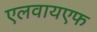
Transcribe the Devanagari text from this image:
एलवायएफ